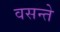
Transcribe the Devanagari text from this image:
वसन्ते